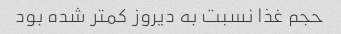
حجم غذا نسبت به دیروز کمتر شده بود